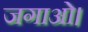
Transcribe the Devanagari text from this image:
जगाओ।